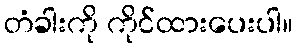
တံခါးကို ကိုင်ထားပေးပါ။